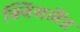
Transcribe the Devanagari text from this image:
क्विंसलैंड